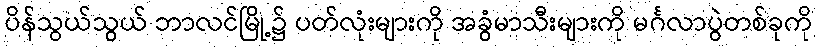
ပိန်သွယ်သွယ် ဘာလင်မြို့၌ ပတ်လုံးများကို အခွံမာသီးများကို မင်္ဂလာပွဲတစ်ခုကို